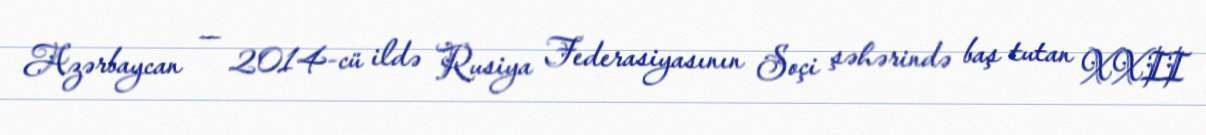
Azərbaycan — 2014-cü ildə Rusiya Federasiyasının Soçi şəhərində baş tutan XXII